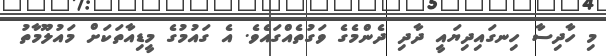
މި ހާދިސާ ހިނގައިދިޔައީ ދާދި ދެންމެގެ ވަގުތެއްގައެވެ. އެ ގައުމުގެ މީޑިއާތަކަށް މައުލޫމާތު